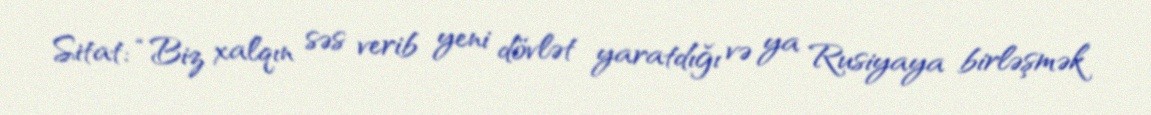
Sitat: “Biz xalqın səs verib yeni dövlət yaratdığı və ya Rusiyaya birləşmək